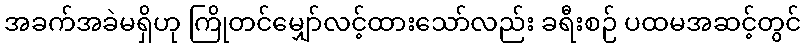
အခက်အခဲမရှိဟု ကြိုတင်မျှော်လင့်ထားသော်လည်း ခရီးစဉ် ပထမအဆင့်တွင်